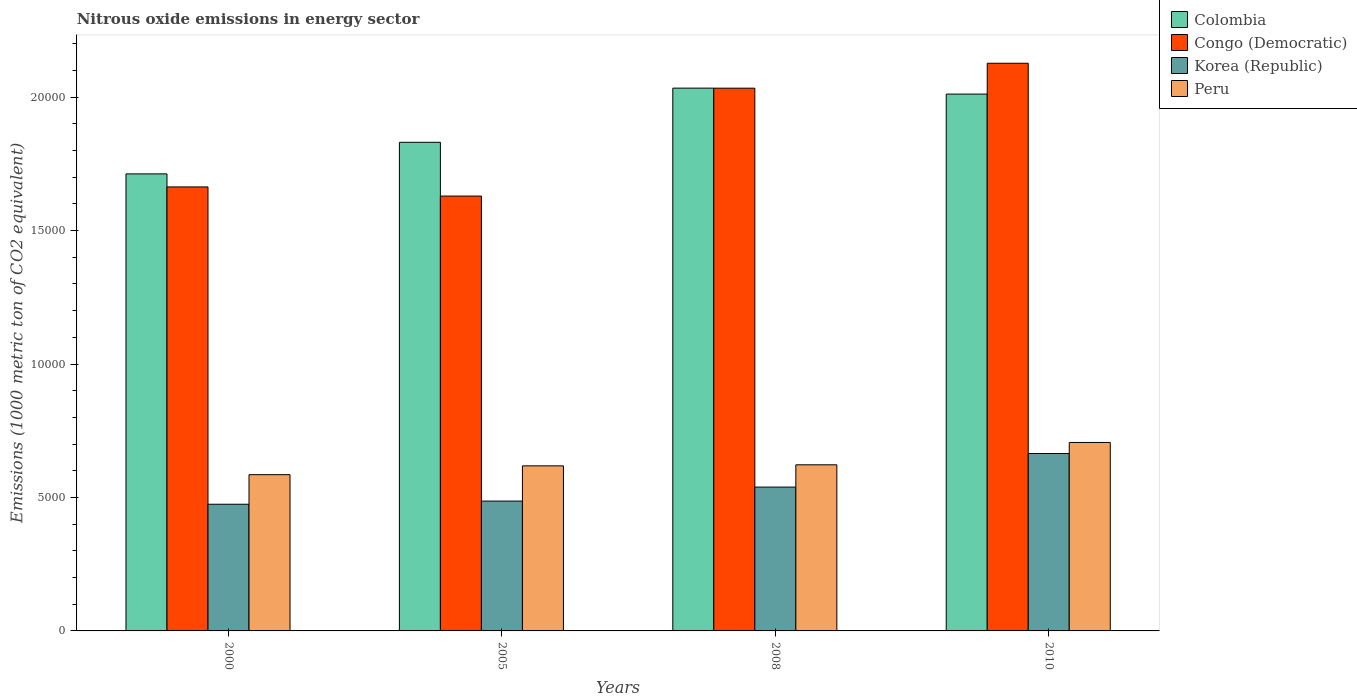
| Years | Colombia | Congo (Democratic) | Korea (Republic) | Peru |
 | --- | --- | --- | --- | --- |
 | 2000 | 1.71e+04 | 1.66e+04 | 4.75e+03 | 5.85e+03 |
 | 2005 | 1.83e+04 | 1.63e+04 | 4.86e+03 | 6.19e+03 |
 | 2008 | 2.03e+04 | 2.03e+04 | 5.39e+03 | 6.22e+03 |
 | 2010 | 2.01e+04 | 2.13e+04 | 6.65e+03 | 7.06e+03 |